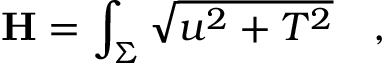
{ \bf H } = \int _ { \Sigma } \sqrt { u ^ { 2 } + T ^ { 2 } } \quad ,